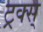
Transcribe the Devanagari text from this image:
ट्रक्स्